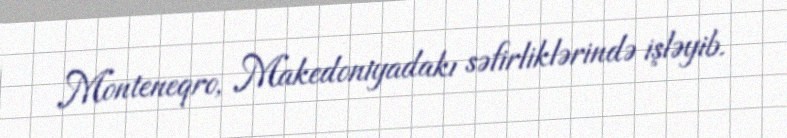
Monteneqro, Makedoniyadakı səfirliklərində işləyib.